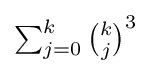
\textstyle \sum _{j=0}^{k}{\tbinom {k}{j}}^{3}